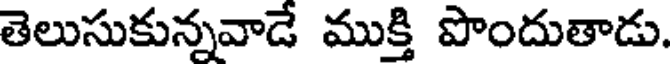
తెలుసుకున్నవాడే ముక్తి పొందుతాడు.